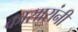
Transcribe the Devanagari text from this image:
कासारांनीं